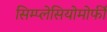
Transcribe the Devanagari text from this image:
सिम्प्लेसियोमोर्फी